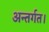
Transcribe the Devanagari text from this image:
अन्तर्गत।